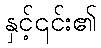
နှင့်၎င်း၏